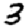
Digit: 3